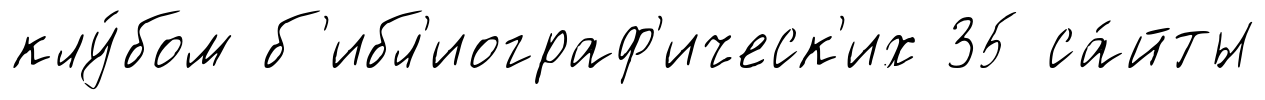
клу́бом б'ибл'иограф'ическ'их 35 са́йты